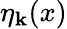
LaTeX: \eta_{\mathbf k}(x)